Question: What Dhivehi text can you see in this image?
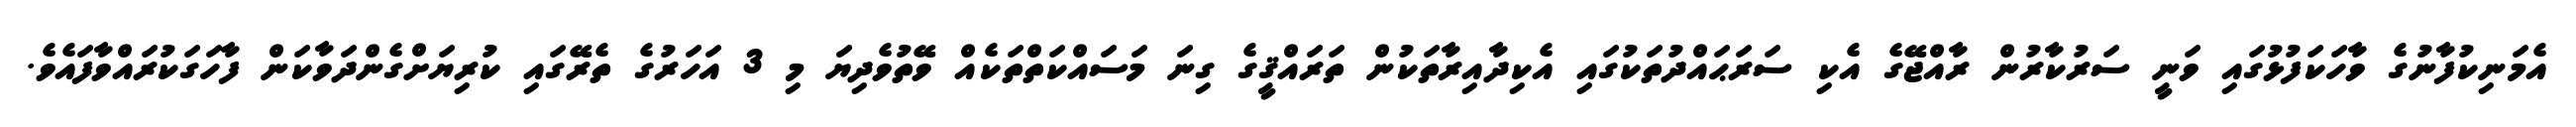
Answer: އެމަނިކުފާނުގެ ވާހަކަފުޅުގައި ވަނީ ސަރުކާރުން ރާއްޖޭގެ އެކި ސަރަޙައްދުތަކުގައި އެކިދާއިރާތަކުން ތަރައްޤީގެ ގިނަ މަސައްކަތްތަކެއް ވޭތުވެދިޔަ މި 3 އަހަރުގެ ތެރޭގައި ކުރިޔަށްގެންދަވާކަން ފާހަގަކުރައްވާފައެވެ.